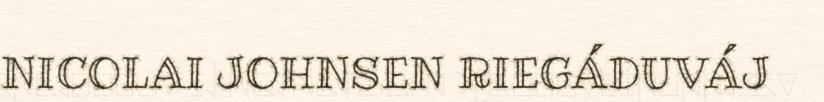
NICOLAI JOHNSEN RIEGÁDUVÁJ